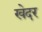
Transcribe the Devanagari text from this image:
खेदर